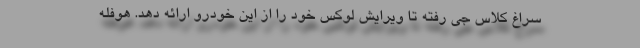
سراغ کلاس جی رفته تا ویرایش لوکس خود را از این خودرو ارائه دهد. هوفله